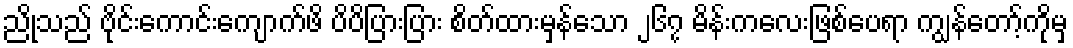
ညိုသည် ဗိုင်းကောင်းကျောက်ဖိ ပိပိပြားပြား စိတ်ထားမှန်သော ၂၆၇ မိန်းကလေးဖြစ်ပေရာ ကျွန်တော့်ကိုမှ